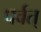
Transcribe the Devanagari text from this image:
पर्वत्